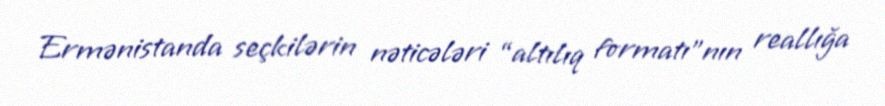
Ermənistanda seçkilərin nəticələri “altılıq formatı”nın reallığa